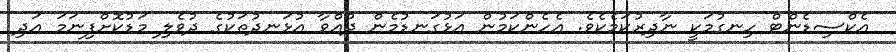
އެކްސިޑެންޓް ހިނގުމަކީ ނާދިރުކަމެކެވެ. އެހެންކަމުން އަޅުގަނޑުމެން ދުއްވާ އުޅަނދުތަކުގެ ދުވެލި މަޑުކޮށްފިނަމަ އަދި